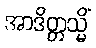
အာဒိတ္တသ္မိံ